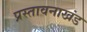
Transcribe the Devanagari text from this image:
प्रस्तावनाखंड